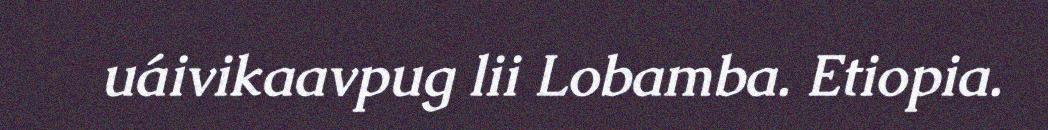
uáivikaavpug lii Lobamba. Etiopia.